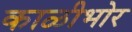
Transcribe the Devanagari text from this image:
काळीभोर